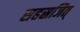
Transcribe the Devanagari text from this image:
सहस्रजित्